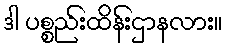
ဒါ ပစ္စည်းထိန်းဌာနလား။